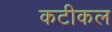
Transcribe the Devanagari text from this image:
कटीकल